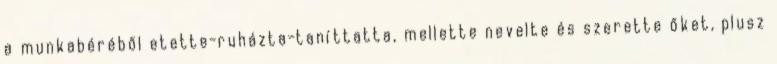
a munkabéréből etette-ruházta-taníttatta, mellette nevelte és szerette őket, plusz